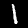
Label: 1